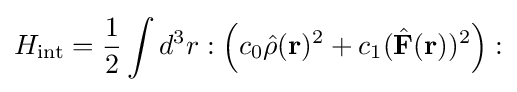
H_{\rm {int}}={\frac {1}{2}}\int d^{3}r:\left(c_{0}{\hat {\rho }}({\bf {r}})^{2}+c_{1}({\hat {\bf {F}}}({\bf {r}}))^{2}\right):